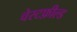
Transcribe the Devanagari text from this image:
चेस्टफ़ील्ड